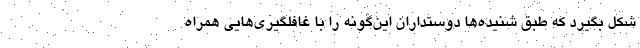
شکل بگیرد که طبق شنیده‌ها دوستداران این‌گونه را با غافلگیری‌هایی همراه